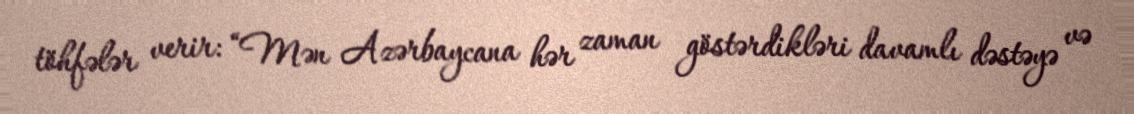
töhfələr verir: “Mən Azərbaycana hər zaman göstərdikləri davamlı dəstəyə və